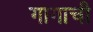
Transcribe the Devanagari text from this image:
गागाची